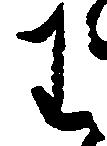
わ